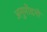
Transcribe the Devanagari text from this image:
अनुमोदनो